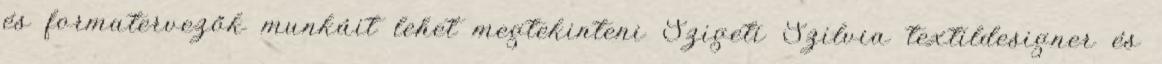
és formatervezők munkáit lehet megtekinteni Szigeti Szilvia textildesigner és